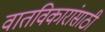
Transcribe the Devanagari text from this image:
वातविकारांसाठी